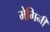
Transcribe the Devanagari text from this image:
मेगिनी